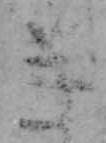
き